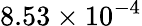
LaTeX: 8.53\times 10^{-4}